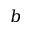
b